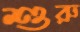
শুরু